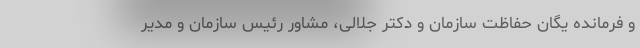
و فرمانده یگان حفاظت سازمان و دکتر جلالی، مشاور رئیس سازمان و مدیر